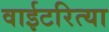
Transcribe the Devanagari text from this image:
वाईटरित्या